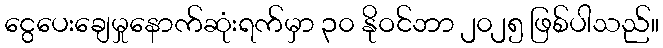
ငွေပေးချေမှုနောက်ဆုံးရက်မှာ ၃၀ နိုဝင်ဘာ ၂၀၂၅ ဖြစ်ပါသည်။